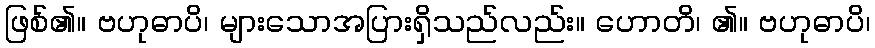
ဖြစ်၏။ ဗဟုဓာပိ၊ များသောအပြားရှိသည်လည်း။ ဟောတိ၊ ၏။ ဗဟုဓာပိ၊